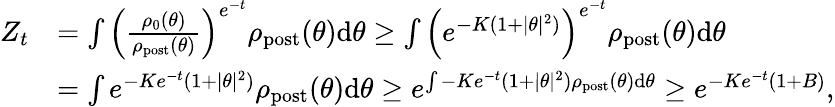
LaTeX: \begin{array}{rl}{Z_{t}}&{=\int\left(\frac{\rho_{0}(\theta)}{\rho_{\mathrm{post}}(\theta)}\right)^{e^{-t}}\rho_{\mathrm{post}}(\theta)\mathrm{d}\theta\geq\int\left(e^{-K(1+|\theta|^{2})}\right)^{e^{-t}}\rho_{\mathrm{post}}(\theta)\mathrm{d}\theta}\\ &{=\int e^{-Ke^{-t}(1+|\theta|^{2})}\rho_{\mathrm{post}}(\theta)\mathrm{d}\theta\geq e^{\int-Ke^{-t}(1+|\theta|^{2})\rho_{\mathrm{post}}(\theta)\mathrm{d}\theta}\geq e^{-Ke^{-t}(1+B)},}\end{array}